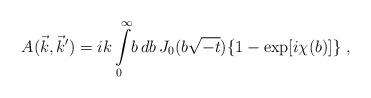
LaTeX: \begin{align*}A(\vec{k}, \vec{k}') = i k \int\limits_0^{\infty} \!b \, db \, J_0(b \sqrt{-t}) \{ 1 - \exp[i\chi(b)] \} \;,\end{align*}